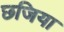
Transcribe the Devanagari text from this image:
छजिया